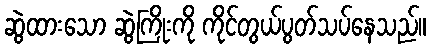
ဆွဲထားသော ဆွဲကြိုးကို ကိုင်တွယ်ပွတ်သပ်နေသည်။